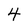
Character: 4